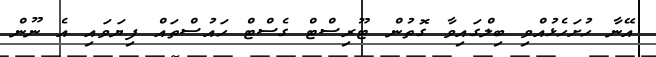
އޭނާ ހުށަހެޅުއްވި ބިލްގައިވާ ގޮތުން ޓޫރިސްޓް ގެސްޓް ހައުސްތައް ފިޔަވައި އެ ނޫން